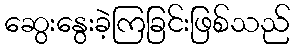
ဆွေးနွေးခဲ့ကြခြင်းဖြစ်သည်